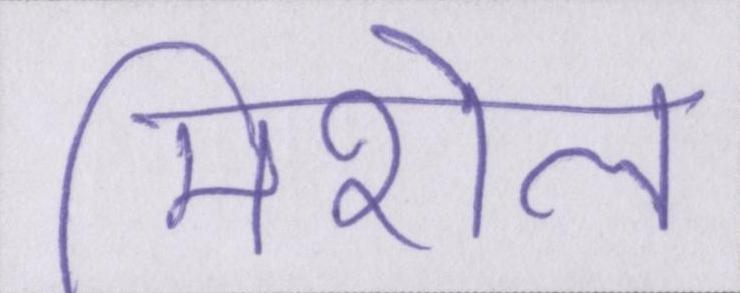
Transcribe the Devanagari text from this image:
मिशेल